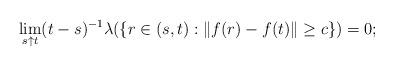
LaTeX: \begin{align*}\lim_{s \uparrow t} (t-s)^{-1} \lambda ( \{ r \in (s, t) : \| f(r) - f(t)\| \geq c \} ) = 0;\end{align*}